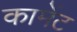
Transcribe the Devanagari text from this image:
कामेंट